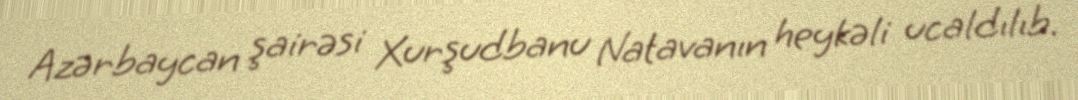
Azərbaycan şairəsi Xurşudbanu Natavanın heykəli ucaldılıb.